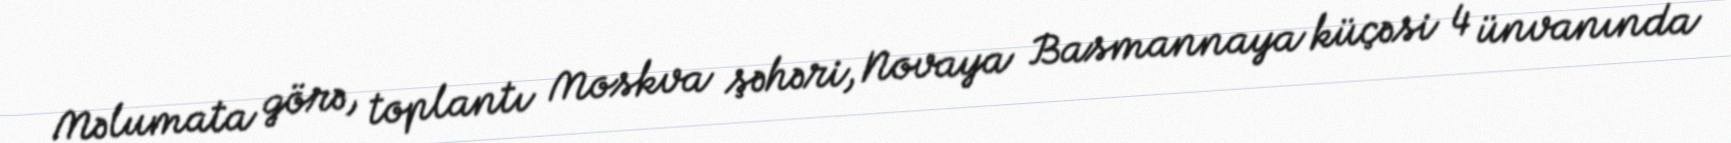
Məlumata görə, toplantı Moskva şəhəri, Novaya Basmannaya küçəsi 4 ünvanında